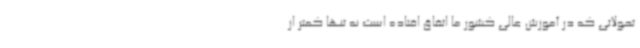
تحولاتی که در آموزش عالی کشور ما اتفاق افتاده است نه تنها کمتر از